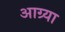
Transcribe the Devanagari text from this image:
आग्र्या